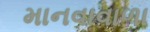
માનવાવાળા